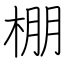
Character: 棚